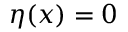
\eta ( x ) = 0